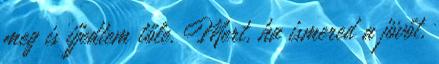
meg is ijjedtem tőle. Mert, ha ismered a jövőt,